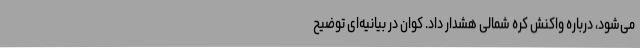
می‌شود، درباره واکنش کره شمالی هشدار داد. کوان در بیانیه‌ای توضیح